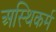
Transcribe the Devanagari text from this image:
अस्थिकर्म